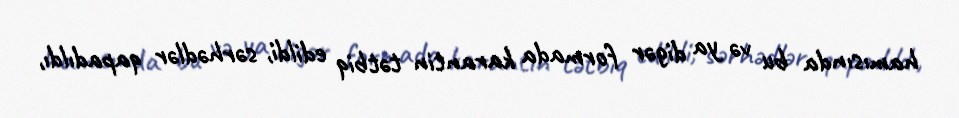
hamısında bu və ya digər formada karantin tətbiq edildi, sərhədlər qapadıldı,